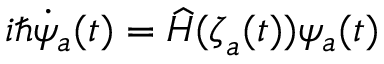
i \hbar \dot { \psi } _ { a } ( t ) = \widehat { H } ( { \boldsymbol { \zeta } } _ { a } ( t ) ) \psi _ { a } ( t )